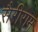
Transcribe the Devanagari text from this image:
सैरीराम